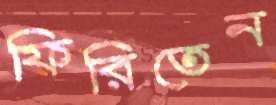
ফিরিতেন